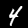
Label: 4